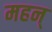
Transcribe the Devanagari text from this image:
महन्